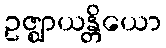
ဥဇ္ဈာယန္တိယော